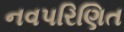
નવપરિણિત